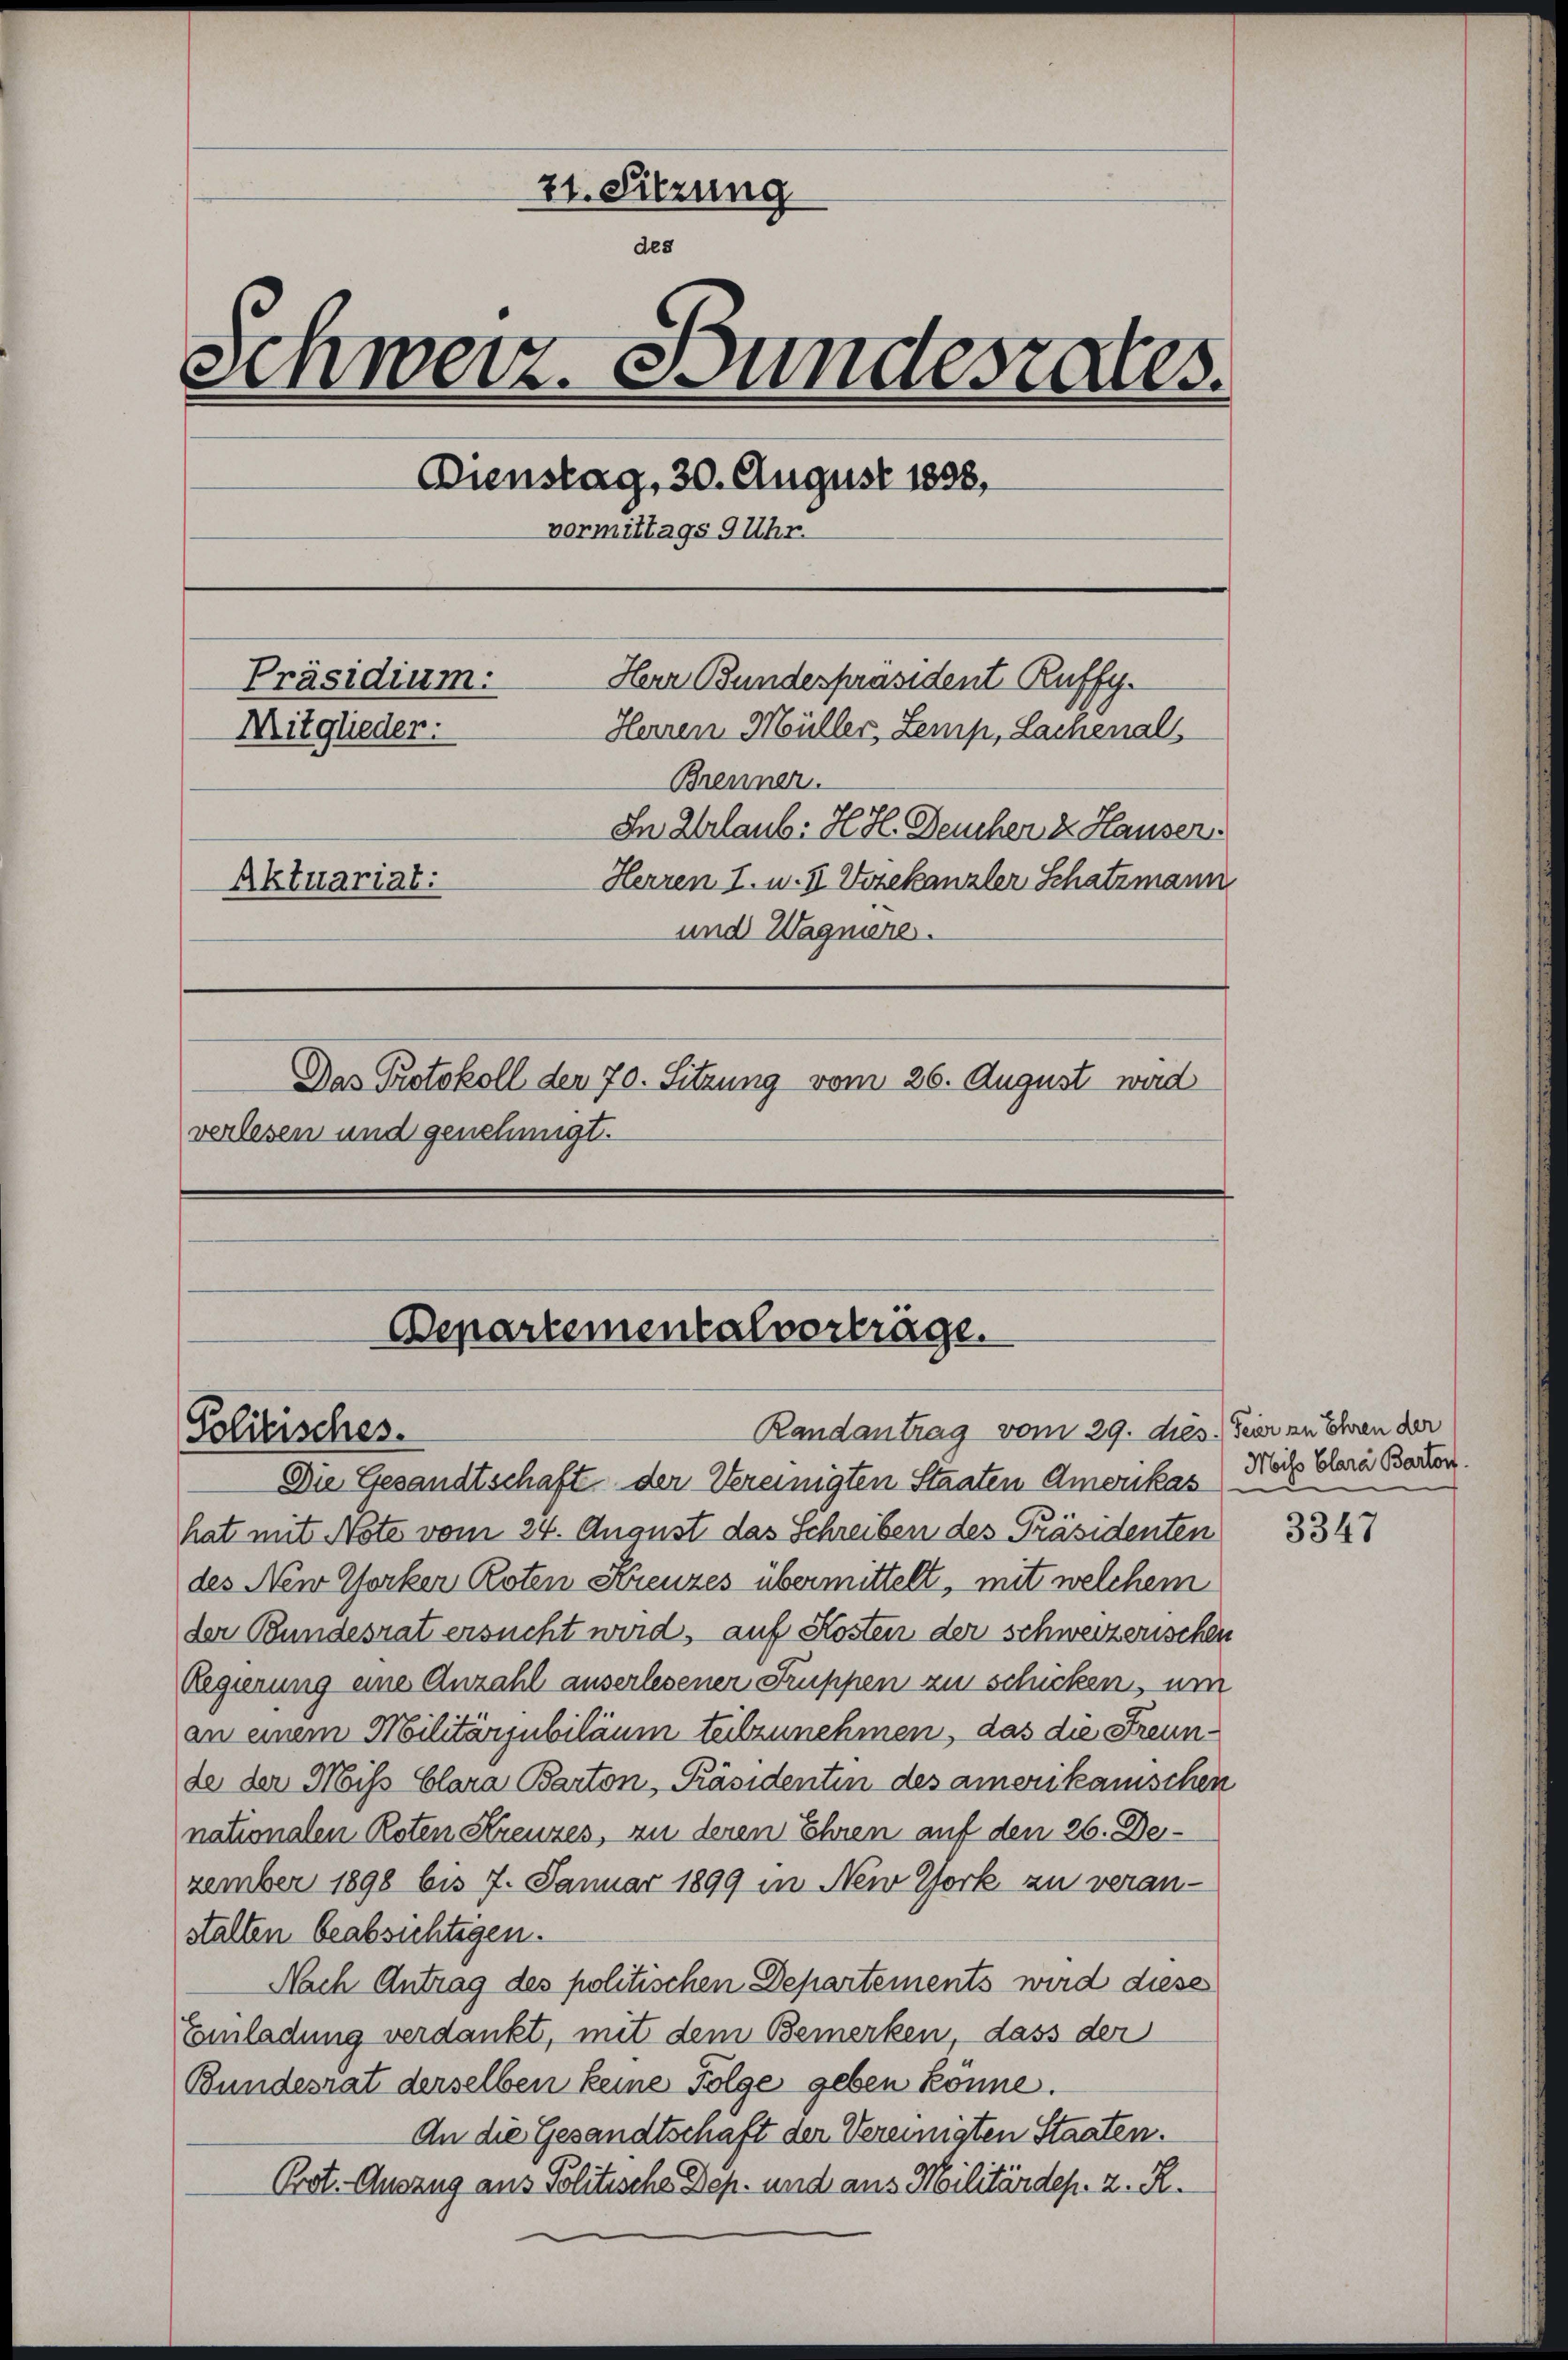
21. Sitzung
des
Schweiz. Bundesrates.
Dienstag, 30. August 1898,
vormittags 9 Uhr.
Herr Bundespräsident Ruffy.
Präsidium.
Mitglieder.
Herren Müller, Zemp, Lachenals
Brenner.
In Urlaub. H. H. Deuchen d. Hausen,
Herren I. u. II. Vizekanzler Schatzmann
Aktuariat:
und Wagniere.
Das Protokoll der 70. Sitzung vom 26. August wird
verlesen und genehmigt.

Die Gesandtschaft der Vereinigten Staaten Amerikas Nach Clara Barten.
hat mit Note vom 24. August das Schreiben des Präsidenten
des New Yorker Roten Kreuzes übermittelt, mit welchem
der Bundesrat ersucht wird, auf Kosten der schweizerischen
Regierung eine Anzahl auserlesener Gruppen zu schicken, um
an einem Militärjubiläum teilzunehmen, das die Freunde der Miss Clara Barton, Präsidentin des amerikanischen
nationalen Roten Kreuzes, zu deren Ehren auf den 26. Dezember 1898 bis 7. Januar 1899 in New York zu veranstalten beabsichtigen.
Nach Antrag des politischen Departements wird diese
Einladung verdankt, mit dem Bemerken, dass der
Bundesrat derselben keine Folge geben könne.
An die Gesandtschaft der Vereinigten Staaten.
Prot. Auszug aus Politische Dep. und aus Militärdep. 2. R.

Politisches.

Departementalverträge.

Randantrag vom 29. dies Feier zu Ehren der

3347